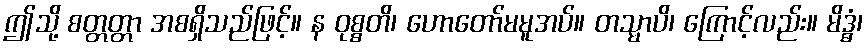
ဤသို့ စတ္တတ္တာ အစရှိသည်ဖြင့်။ န ဝုစ္စတိ၊ ဟောတော်မမူအပ်။ တသ္မာပိ၊ ကြောင့်လည်း။ မိဒ္ဓံ၊